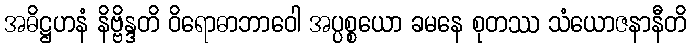
အဓိဋ္ဌဟနံ နိဗ္ဗိန္ဒတိ ဝိရောဓာဘာဝေါ အပ္ပစ္စယော ခမနေ စုတဿ သံယောဇနာနီတိ